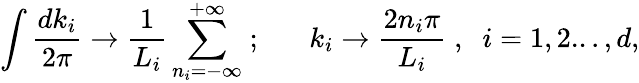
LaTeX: \int\frac{dk_{i}}{2\pi}\rightarrow\frac{1}{L_{i}}\sum_{n_{i}=-\infty}^{+\infty}\; ;\; \; \; \; \; \; k_{i}\rightarrow\frac{2n_{i}\pi}{L_{i}}\; ,\; \; i=1,2...,d,